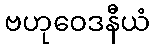
ဗဟုဝေဒနီယံ